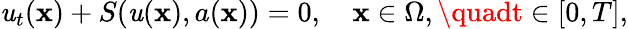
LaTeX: \mathit{u}_{t}(\mathbf{{x}})+S(\mathit{u}(\mathbf{{x}}),a(\mathbf{{x}}))=0,\quad\mathbf{{x}}\in\Omega,\quadt\in[0,T],